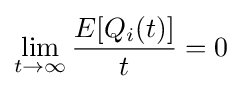
\lim _{t\rightarrow \infty }{\frac {E[Q_{i}(t)]}{t}}=0